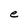
Character: e